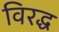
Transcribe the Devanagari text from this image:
विरद्ध